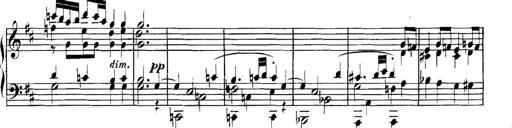
Title: Collected Piano Sonatas
Composer: Muzio Clementi